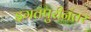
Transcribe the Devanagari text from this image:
इगतपुरीनंतर